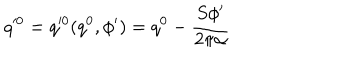
LaTeX: q ^ { 0 } = q ^ { 0 } ( q ^ { 0 } , \phi ^ { \prime } ) = q ^ { 0 } - \frac { S \phi ^ { \prime } } { 2 \pi \alpha }